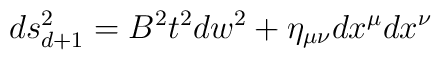
ds_{d+1}^2= B^2 t^2 dw^2 + \eta_{\mu\nu}dx^\mu dx^\nu